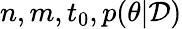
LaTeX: n,m,t_{0},p(\theta|\mathcal{D})